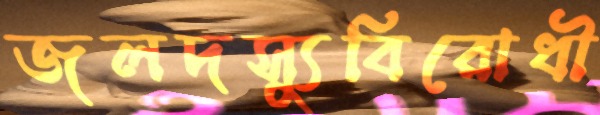
জলদস্যুবিরোধী